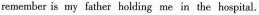
remember is my father holding me in the hospital.